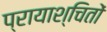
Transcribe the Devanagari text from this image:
प्रायाश्चितों